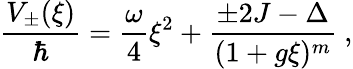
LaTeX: \frac{V_{\pm}(\xi)}{\hbar}=\frac{\omega}{4}\xi^{2}+\frac{\pm 2J-\Delta}{(1+g\xi)^{m}}\ ,